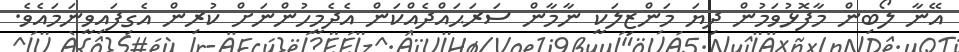
އޭނާ ލޯބިން މާފޮޅުވަމުން ދިޔަ މަންޒިލަކީ ނާމާން ސަރަޙައްދެއްކަން އެދެމީހުންނަށް ކުރިން އެގިފައިވީނަމައެވެ.